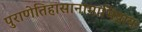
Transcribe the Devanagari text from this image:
पुराणेतिहासानामाभिप्रायः